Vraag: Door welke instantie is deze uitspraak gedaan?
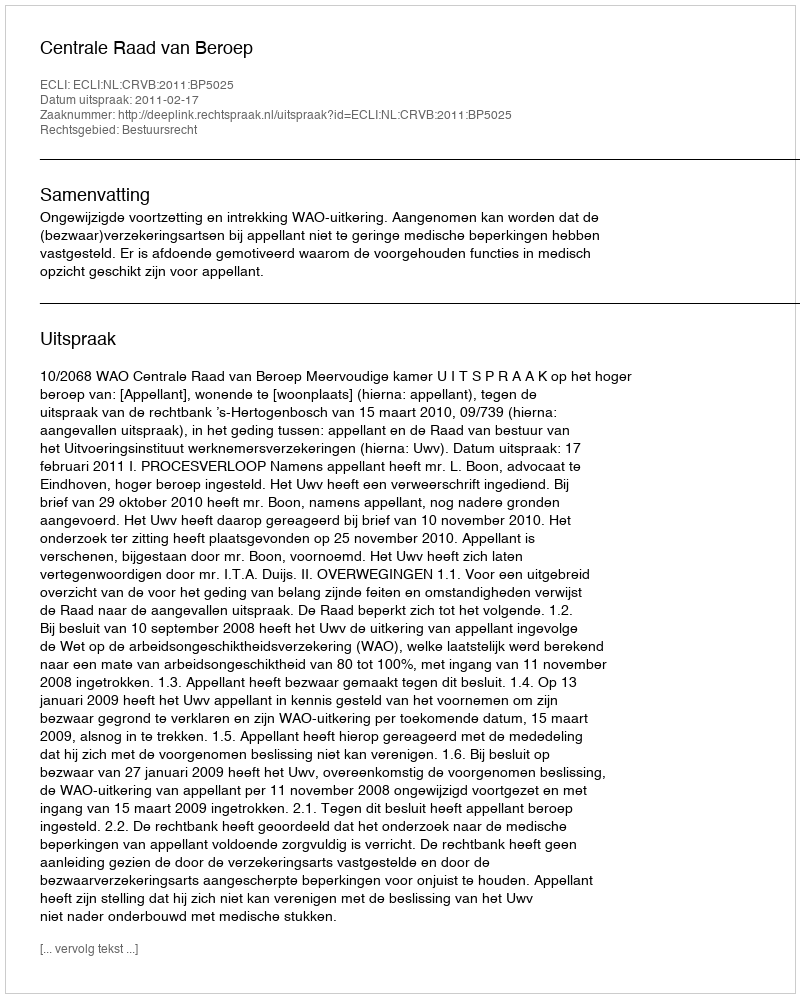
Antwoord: Centrale Raad van Beroep